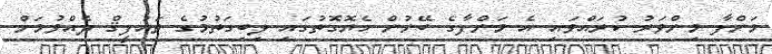
މަންފާ މިންވަރު ކުރައްވައި އެ މަންފާގެ ބޭނުން ހެޔޮގޮތުގައި ލިބިގަތުމުގެ ތައުފީޤް ދެއްވުމަށް